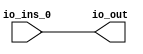
module MuxN_14(
  input  [31:0] io_ins_0,
  output [31:0] io_out
);
  wire [31:0] _GEN_0;
  assign io_out = _GEN_0;
  assign _GEN_0 = io_ins_0;
endmodule